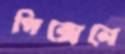
পিক্সেলে